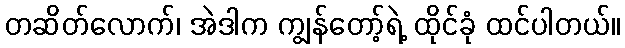
တဆိတ်လောက်၊ အဲဒါက ကျွန်တော့်ရဲ့ ထိုင်ခုံ ထင်ပါတယ်။